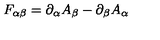
F _ { \alpha \beta } = \partial _ { \alpha } A _ { \beta } - \partial _ { \beta } A _ { \alpha }